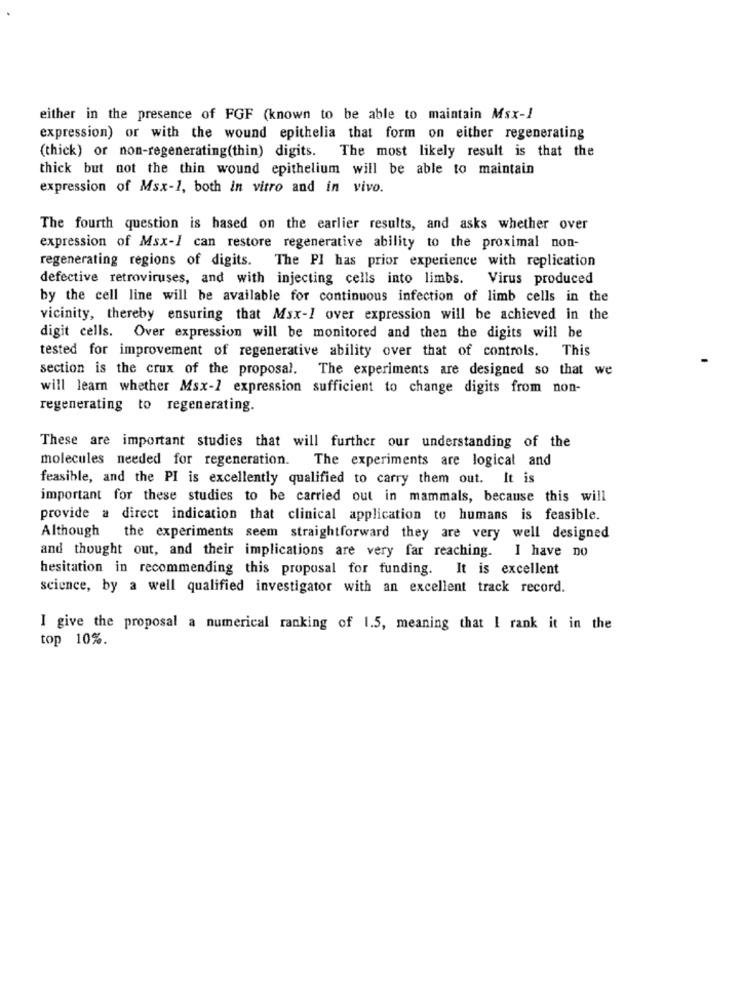
either in the presence of FGF (known to be able to maintain Msx-)
expression) or with the wound epithelia that form on either regenerating
(thick) or non-regenerating(thin) digits. The most likely result is that the
thick but not the thin wound epithelium will be able to maintain
expression of Msx-1, both in vitro and in vivo.
The fourth question is hased on the earlier results, and asks whether over
expression of Msx-I can restore regenerative ability to the proximal non-
regenerating regions of digits. The PI has prior experience with replication
defective retroviruses, and with injecting cells into limbs. Virus produced
by the cell line will be available for continuous infection of limb cells in the
vicinity, thereby ensuring that Msx-1 over expression will be achieved in the
digit cells. Over expression will be monitored and then the digits will be
tested for improvement of regenerative ability over that of controls.
This
section is the crux of the proposal.
The experiments are designed so that we
will learn whether Msx-1 expression sufficient to change digits from non-
regenerating to regenerating.
These are important studies that will further our understanding of the
molecules needed for regeneration.
The experiments are logical and
feasible, and the PI is excellently qualified to carry them out. It is
important for these studies to be carried out in mammals, because this will
provide a direct indication that clinical application to humans is feasible.
Although
the experiments seem straightforward they are very well designed
and thought out, and their implications are very far reaching. I have no
hesitation in recommending this proposal for funding. It is excellent
science, by a well qualified investigator with an excellent track record.
I give the proposal a numerical ranking of 1.5, meaning that I rank it in the
top 10%.